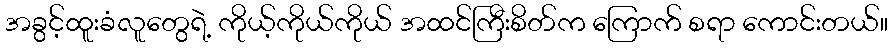
အခွင့်ထူးခံလူတွေရဲ့ ကိုယ့်ကိုယ်ကိုယ် အထင်ကြီးစိတ်က ကြောက် စရာ ကောင်းတယ်။